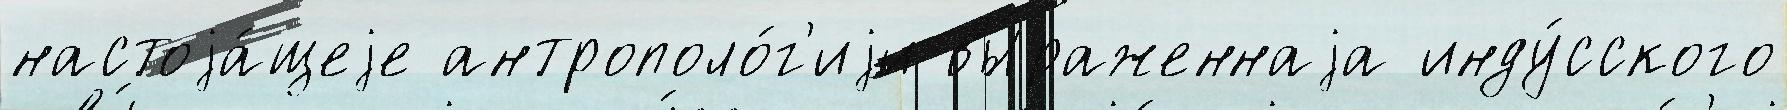
настоjа́щеjе антрополо́г'иjи вы́раженнаjа инду́сского